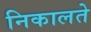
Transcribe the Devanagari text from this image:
निकालते